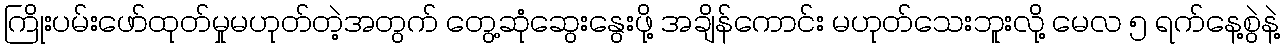
ကြိုးပမ်းဖော်ထုတ်မှုမဟုတ်တဲ့အတွက် တွေ့ဆုံဆွေးနွေးဖို့ အချိန်ကောင်း မဟုတ်သေးဘူးလို့ မေလ ၅ ရက်နေ့စွဲနဲ့